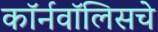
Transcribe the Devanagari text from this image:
कॉर्नवॉलिसचे